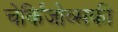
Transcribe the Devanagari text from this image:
चेर्किजोव्सकी